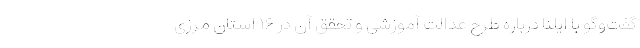
گفت‌وگو با ایلنا درباره طرح عدالت آموزشی و تحقق آن در ۱۶ استان مرزی